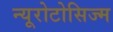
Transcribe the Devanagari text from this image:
न्यूरोटोसिज्म